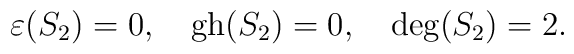
\varepsilon(S_2)=0,\quad \hbox{gh}(S_2)=0,\quad \hbox{deg}(S_2)=2.